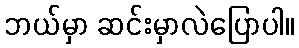
ဘယ်မှာ ဆင်းမှာလဲပြောပါ။